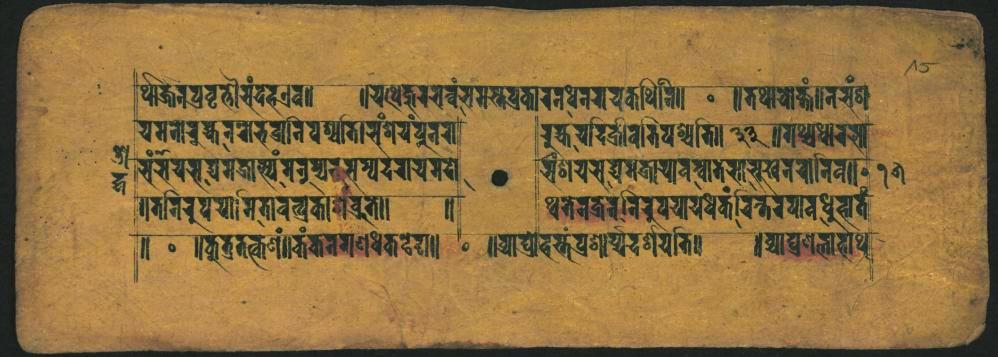
𑐬𑑂𑐠𑐵𑐖𑐣𑐥𑑂𑐬𑐰𑐺𑐟𑑂𑐟𑑁𑐳𑑄𑐡𑐨𑐊𑐰𑑋 𑐫𑐩𑐣𑑀𑐬𑐸𑐎𑑂𑐫𑐬𑐬𑑀𑐨𑐰𑑂𑐬𑐣𑐶𑐰𑐱𑑂𑐫𑐟𑐶𑑋𑐬𑑄𑐱𑐫𑑄𑐥𑐹𑐣𑐬𑑀 𑐮𑑄𑐳𑐫𑐨𑐡𑑂𑐫𑐩𑐟𑑂𑐬𑐵𑐳𑑂𑐫𑑄𑐐𑐣𑐸𑐐𑑂𑐫𑐣𑐳𑐩𑑂𑐥𑐡𑐬𑐵𑐝𑑂𑐫𑐩𑐩𑑀 𑑌𑐟𑐣𑐶𑐬𑐸𑐥𑐫𑐵𑐩𑐶𑐟𑐵𑐰𑐟𑑂𑐬𑐎𑐵𑐱𑑄𑐰𑑂𑐬𑐟𑑌 𑑌